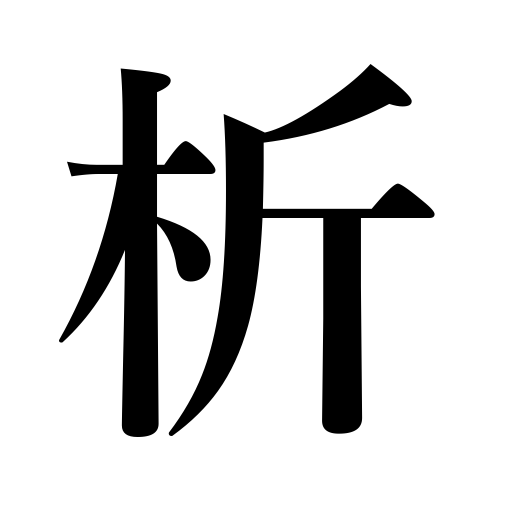
Meanings: tear,divide,analyze